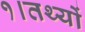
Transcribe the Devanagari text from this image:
१।तथ्यों